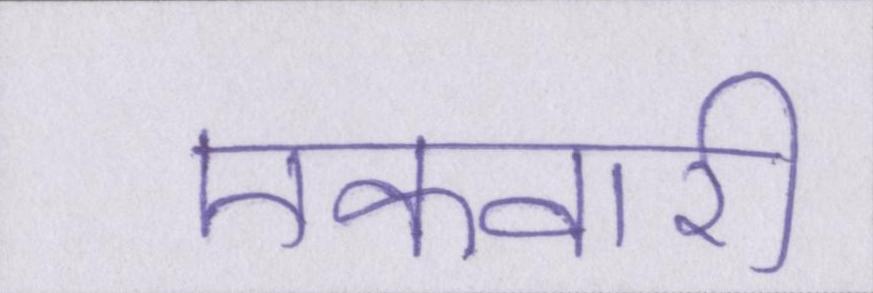
एकवारी